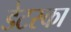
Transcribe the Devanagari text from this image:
डेटस्का